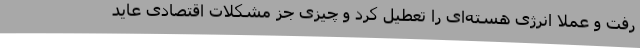
رفت و عملا انرژی هسته‌ای را تعطیل کرد و چیزی جز مشکلات اقتصادی عاید